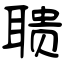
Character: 聩